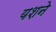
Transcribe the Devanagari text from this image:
यशने